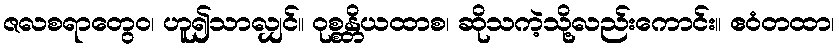
ဇလစရာတွေဝ၊ ဟူ၍သာလျှင်။ ဝုစ္စန္တိယထာစ၊ ဆိုသကဲ့သို့လည်းကောင်း။ ဧဝံတထာ၊